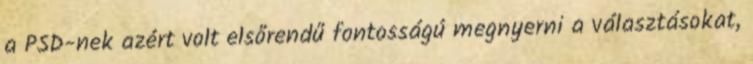
a PSD-nek azért volt elsőrendű fontosságú megnyerni a választásokat,